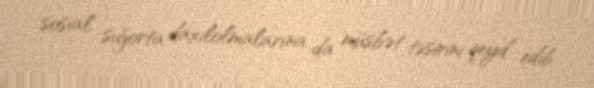
sosial sığorta daxilolmalarına da müsbət təsirini qeyd edib.